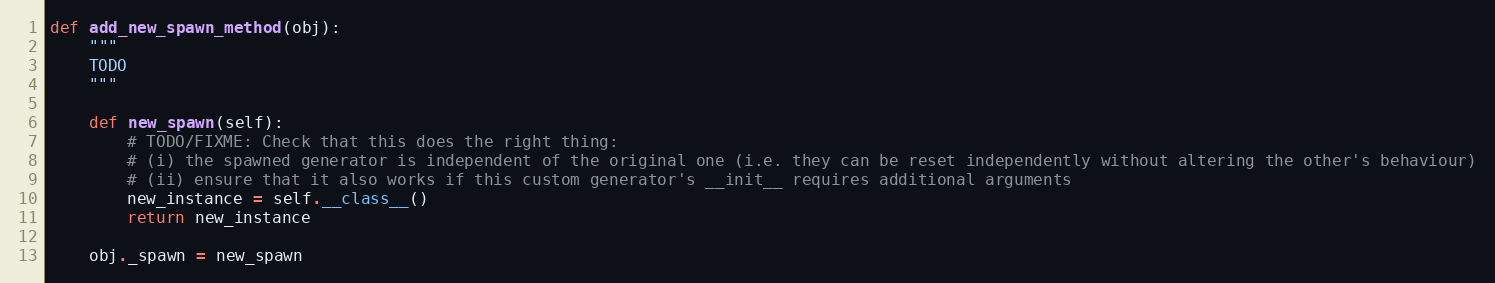
Language: Python
def add_new_spawn_method(obj):
    """
    TODO
    """

    def new_spawn(self):
        # TODO/FIXME: Check that this does the right thing:
        # (i) the spawned generator is independent of the original one (i.e. they can be reset independently without altering the other's behaviour)
        # (ii) ensure that it also works if this custom generator's __init__ requires additional arguments
        new_instance = self.__class__()
        return new_instance

    obj._spawn = new_spawn